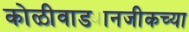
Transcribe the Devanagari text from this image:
कोळीवाड्यानजीकच्या